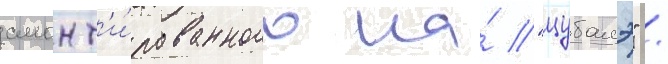
смонт'и́рованного на́ "цубамэ" /